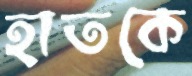
হাতকে